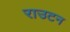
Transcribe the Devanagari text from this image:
राउटन